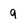
Character: 9